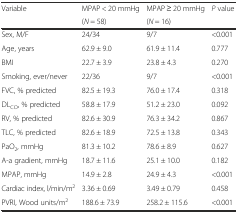
| <ROWSPAN=2> Variable | MPAP < 20 mmHg | MPAP ≥ 20 mmHg | <ROWSPAN=2> P value |
 | (N = 58) | (N = 16) |
 | --- | --- | --- | --- |
 | Sex, M/F | 24/34 | 9/7 | <0.001 |
 | Age, years | 62.9 ± 9.0 | 61.9 ± 11.4 | 0.777 |
 | BMI | 22.7 ± 3.9 | 23.8 ± 4.3 | 0.270 |
 | Smoking, ever/never | 22/36 | 9/7 | <0.001 |
 | FVC, % predicted | 82.5 ± 19.3 | 76.0 ± 17.4 | 0.318 |
 | DLCO, % predicted | 58.8 ± 17.9 | 51.2 ± 23.0 | 0.092 |
 | RV, % predicted | 82.6 ± 30.9 | 76.3 ± 34.2 | 0.867 |
 | TLC, % predicted | 82.6 ± 18.9 | 72.5 ± 13.8 | 0.343 |
 | PaO2, mmHg | 81.3 ± 10.2 | 78.6 ± 8.9 | 0.627 |
 | A-a gradient, mmHg | 18.7 ± 11.6 | 25.1 ± 10.0 | 0.182 |
 | MPAP, mmHg | 14.9 ± 2.8 | 24.9 ± 4.3 | <0.001 |
 | Cardiac index, l/min/m2 | 3.36 ± 0.69 | 3.49 ± 0.79 | 0.458 |
 | PVRI, Wood units/m2 | 188.6 ± 73.9 | 258.2 ± 115.6 | <0.001 |